Preliminary report on the killing of rats and rat fleas by hydrocyanic acid gas - Number 38
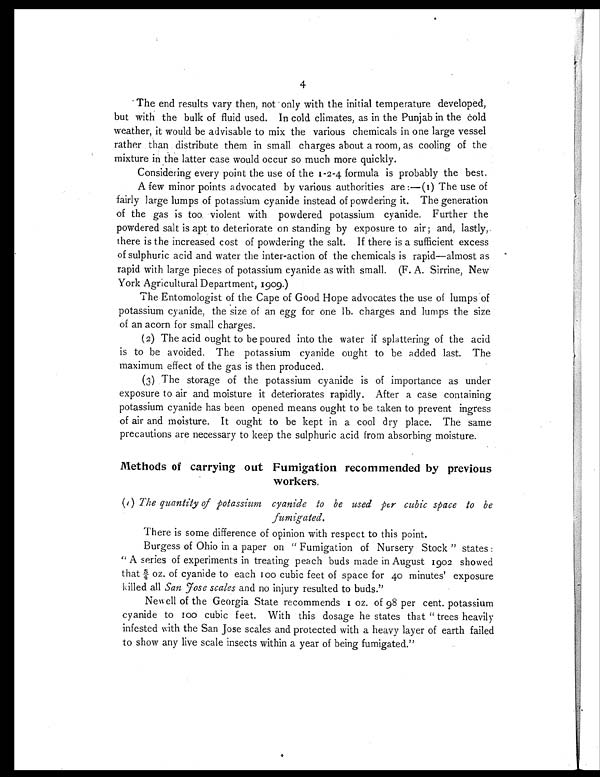
4
The end results vary then, not only with the initial temperature developed,
but with the bulk of fluid used. In cold climates, as in the Punjab in the Cold
weather, it would be advisable to mix the various chemicals in one large vessel
rather than distribute them in small charges about a room, as cooling of the
mixture in the latter case would occur so much more quickly.
Considering every point the use of the 1-2-4 formula is probably the best.
A few minor points advocated by various authorities are:—(I) The use of
fairly large lumps of potassium cyanide instead of powdering it. The generation
of the gas is too, violent with powdered potassium cyanide. Further the
powdered salt is apt to deteriorate on standing by exposure to air; and, lastly,
there is the increased cost of powdering the salt. If there is a sufficient excess
of sulphuric acid and water the inter-action of the chemicals is rapid—almost as
rapid with large pieces of potassium cyanide as with small. (F. A. Sirrine, New
York Agricultural Department, 1909.)
The Entomologist of the Cape of Good Hope advocates the use of lumps of
potassium cyanide, the size of an egg for one lb. charges and lumps the size
of an acorn for small charges.
(2) The acid ought to be poured into the water if splattering of the acid
is to be avoided. The potassium cyanide ought to be added last. The
maximum effect of the gas is then produced.
(3) The storage of the potassium cyanide is of importance as under
exposure to air and moisture it deteriorates rapidly. After a case containing
potassium cyanide has been opened means ought to be taken to prevent ingress
of ai r and moi st ur e. I t ought t o be kept i n a cool dr y pl ace. The same
precautions are necessary to keep the sulphuric acid from absorbing moisture.
Methods of carrying out Fumigation recommended by previous
workers.
(I) The quantity of potassium cyanide to be used per cubic space to be
fumigated.
There is some difference of opinion with respect to this point.
Burgess of Ohio in a paper on "Fumigation of Nursery Stock" states:
"A series of experiments in treating peach buds made in August 1902 showed
that s/4 o z . o f c y a n i d e t o e a c h 1 0 0 c u b i c f e e t o f s p a c e f o r 4 0 m i n u t e s ' e x p o s u r e
killed all San Fose scales and no injury resulted to buds."
Newell of the Georgia State recommends 1 oz. of 98 per cent. potassium
cyanide to 100 cubic feet. With this dosage he states that "trees heavily
infested with the San Jose scales and protected with a heavy layer of earth failed
to show any live scale insects within a year of being fumigated."